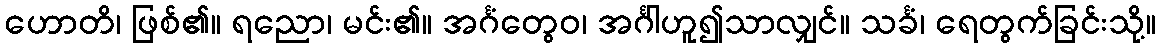
ဟောတိ၊ ဖြစ်၏။ ရညော၊ မင်း၏။ အင်္ဂံတွေဝ၊ အင်္ဂါဟူ၍သာလျှင်။ သင်္ခံ၊ ရေတွက်ခြင်းသို့။